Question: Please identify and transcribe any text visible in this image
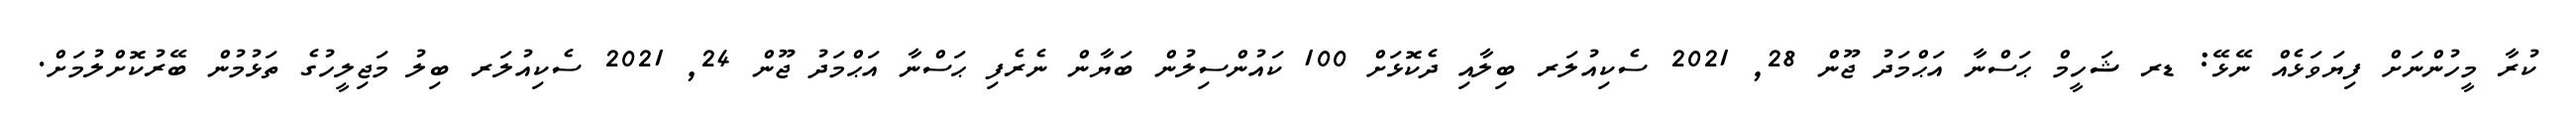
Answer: ކުރާ މީހުންނަށް ފިޔަވަޅެއް ނޭޅޭ: ޑރ ޝަހީމް ޙަސްނާ އަޙްމަދު ޖޫން 28, 2021 ސެކިއުލަރ ބިލާއި ދެކޮޅަށް 100 ކައުންސިލުން ބަޔާން ނެރެފި ޙަސްނާ އަޙްމަދު ޖޫން 24, 2021 ސެކިއުލަރ ބިލު މަޖިލީހުގެ ތަޅުމުން ބޭރުކޮށްލުމަށް.